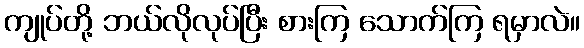
ကျုပ်တို့ ဘယ်လိုလုပ်ပြီး စားကြ သောက်ကြ ရမှာလဲ။